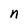
Character: n